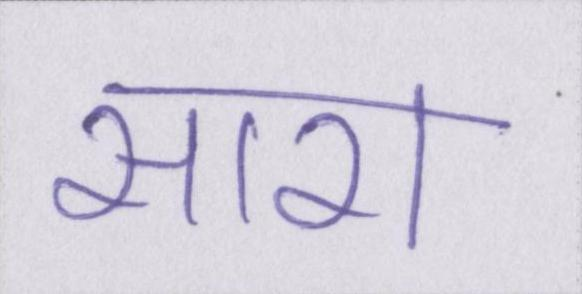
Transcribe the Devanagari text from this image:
सारा